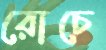
রোচে